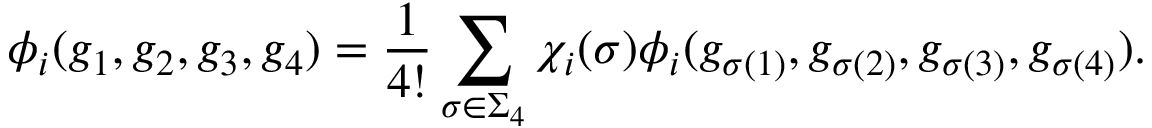
\phi _ { i } ( g _ { 1 } , g _ { 2 } , g _ { 3 } , g _ { 4 } ) = { \frac { 1 } { 4 ! } } \sum _ { \sigma \in \Sigma _ { 4 } } \chi _ { i } ( \sigma ) \phi _ { i } ( g _ { \sigma ( 1 ) } , g _ { \sigma ( 2 ) } , g _ { \sigma ( 3 ) } , g _ { \sigma ( 4 ) } ) .